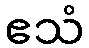
ဧသံ